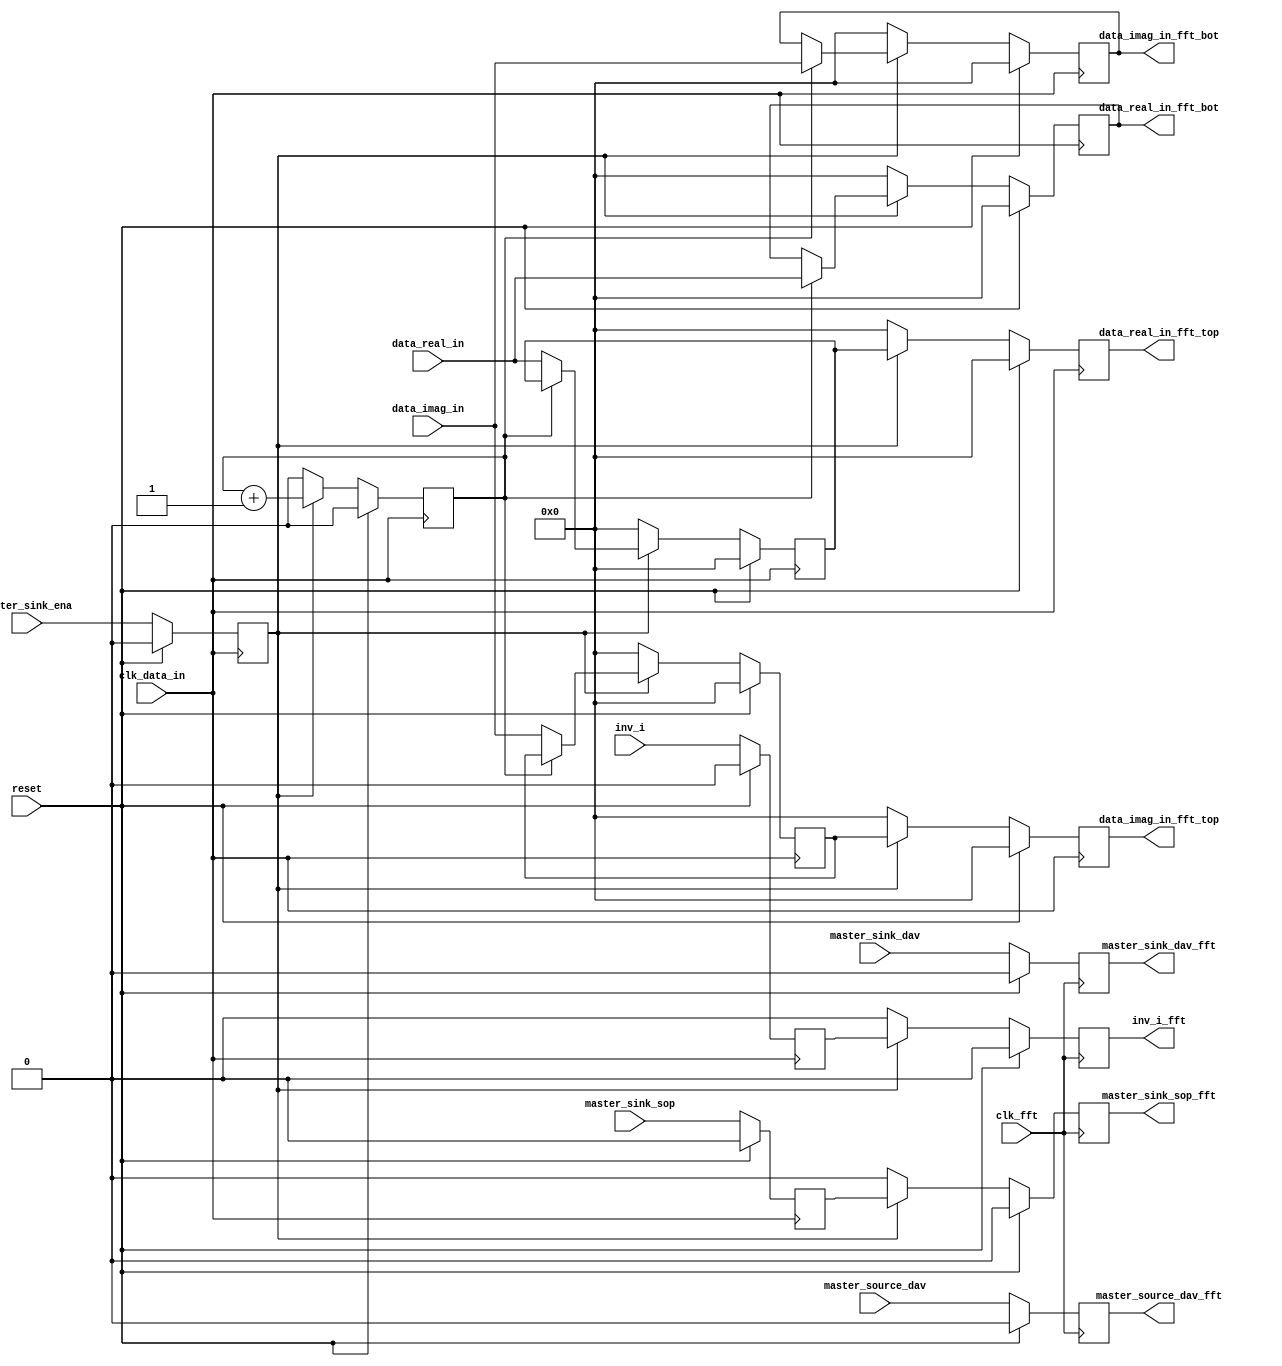
module parse_fft_input (
	//input ports
	clk_data_in,
	clk_fft,
	reset,
	master_sink_dav,
	master_sink_sop,
	master_source_dav,
	inv_i,
	data_real_in,
	data_imag_in,
	master_sink_ena,
	//output ports
	master_sink_dav_fft,
	master_sink_sop_fft,
	master_source_dav_fft,
	inv_i_fft,
	data_real_in_fft_top,
	data_imag_in_fft_top,
	data_real_in_fft_bot,
	data_imag_in_fft_bot);
	
	// GLOBAL PARAMETER DECLARATION
    parameter data_width = 16;    //The number of bits in the input data for both real and imag parts
 
	input			clk_data_in;
	input    		clk_fft;
	input			reset;
	input			master_sink_dav;
	input			master_sink_sop;
	input			master_source_dav;
	input			inv_i;
	input	[data_width-1:0]	data_real_in;
	input	[data_width-1:0]	data_imag_in;
	input			master_sink_ena;
	
	output 			master_sink_dav_fft;
	output 			master_sink_sop_fft;
	output			master_source_dav_fft;
	output			inv_i_fft;
	output  [data_width-1:0]  data_real_in_fft_top;
	output  [data_width-1:0]  data_imag_in_fft_top;
	output  [data_width-1:0]  data_real_in_fft_bot;
	output  [data_width-1:0]  data_imag_in_fft_bot;
	
	
	reg cnt;
	reg master_sink_ena_reg;
	reg master_sink_sop_reg;
	reg master_sink_dav_fft;
	reg master_source_dav_fft;
	reg master_sink_sop_fft;
	reg inv_i_reg;
	reg inv_i_fft;
	reg [data_width-1:0] data_real_in_fft_top;
	reg [data_width-1:0] data_imag_in_fft_top;
	reg [data_width-1:0] data_real_in_fft_top_dly;
	reg [data_width-1:0] data_imag_in_fft_top_dly;
	reg [data_width-1:0] data_real_in_fft_bot;
	reg [data_width-1:0] data_imag_in_fft_bot;
	

	

   // Generate master_sink_dav, master_source_dav input signals.
   always @ (posedge clk_fft)
     begin                                                                                        
       if(reset == 1'b1)
         begin                                                                                        
           master_sink_dav_fft <= 1'b0;                                                                                     
           master_source_dav_fft <= 1'b0;
		 end 
       else                                                                                     
         begin                                                                                        
           master_sink_dav_fft <= master_sink_dav;                                                                                     
           master_source_dav_fft <= master_source_dav;                                                                                     
		 end 
     end 
	

	// Register output signal master_sink_ena on the positive edge of the clock 
    always @ (posedge clk_data_in)                                                              
      begin                                                                                        
         if(reset == 1'b1)          
			begin                                                                          
	           master_sink_ena_reg <= 1'b0;                                                                      
			   master_sink_sop_reg <= 1'b0;
			   inv_i_reg <= 1'b0;
			end
	     else                                                                      
			begin
			   master_sink_ena_reg <= master_sink_ena;                                                                      
			   master_sink_sop_reg <= master_sink_sop;
			   inv_i_reg <= inv_i;
			end
	  end 
	
	always @ (posedge clk_data_in)
	  begin
	     if(reset == 1'b1)
			cnt <= 1'b0;
		 else
		    begin
		       if (master_sink_ena_reg == 1'b1)
			      cnt <= cnt + 1;
			   else
			      cnt <= 1'b0;
			end
	  end
	
	// Generate the master_sink_sop_fft signal
    always @ (negedge clk_fft)
   	  begin                                                                                        
     	 if (reset == 1'b1)
           begin
        	 master_sink_sop_fft <= 1'b0;  
			 inv_i_fft <= 1'b0;                                                                             
		   end
	     else                                                                                     
    	   begin                                                                                        
        	 if(master_sink_ena_reg == 1'b1) 
               begin                                                    
		           master_sink_sop_fft <= master_sink_sop_reg;                                                                             
		           inv_i_fft <= inv_i_reg;
		       end
    	     else 
               begin                                                                  
	        	   master_sink_sop_fft<=1'b0;                                                                   
			       inv_i_fft <= 1'b0;
			   end
	       end                                                                                  
      end 
	
	always @ (posedge clk_data_in)
	  begin
	     if(reset == 1'b1)
	       begin
			  data_real_in_fft_top <= 0;
		  	  data_imag_in_fft_top <= 0;
		  	  data_real_in_fft_top_dly <= 0;
		  	  data_imag_in_fft_top_dly <= 0;
		 	  data_real_in_fft_bot <= 0;
			  data_imag_in_fft_bot <= 0;
			end
		  else if ( master_sink_ena_reg == 1'b1 )
		    begin
			   if (cnt == 1'b0)
			     begin
				  data_real_in_fft_top_dly <= data_real_in;
			  	  data_imag_in_fft_top_dly <= data_imag_in;
			    end
			  else 
			    begin
				  data_real_in_fft_bot <= data_real_in;
				  data_imag_in_fft_bot <= data_imag_in;
				end
				data_real_in_fft_top <= data_real_in_fft_top_dly;
				data_imag_in_fft_top <= data_imag_in_fft_top_dly;
		    end
		  else 
		    begin
			  data_real_in_fft_top <= 0;
		  	  data_imag_in_fft_top <= 0;
		  	  data_real_in_fft_top_dly <= 0;
		  	  data_imag_in_fft_top_dly <= 0;
		 	  data_real_in_fft_bot <= 0;
			  data_imag_in_fft_bot <= 0;
			end
	   end
	
endmodule